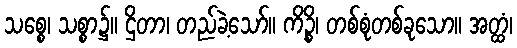
သစ္စေ၊ သစ္စာ၌။ ဌိတာ၊ တည်ခဲ့သော်။ ကိဉ္စိ၊ တစ်စုံတစ်ခုသော။ အတ္ထံ၊